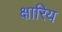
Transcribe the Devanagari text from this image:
क्षारिय